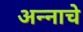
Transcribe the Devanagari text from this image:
अन्‍नाचे